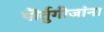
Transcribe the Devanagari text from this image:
पॊर्तुगीजांना